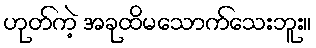
ဟုတ်ကဲ့ အခုထိမသောက်သေးဘူး။